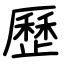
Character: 歷